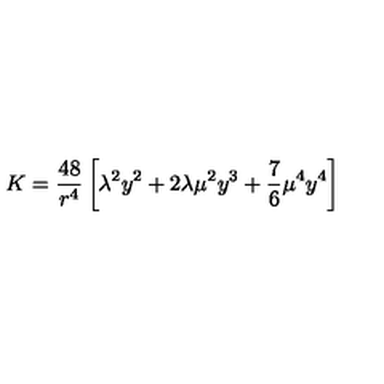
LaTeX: K = \frac { 4 8 } { r ^ { 4 } } \left[ \lambda ^ { 2 } y ^ { 2 } + 2 \lambda \mu ^ { 2 } y ^ { 3 } + \frac { 7 } { 6 } \mu ^ { 4 } y ^ { 4 } \right]